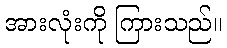
အားလုံးကို ကြားသည်။